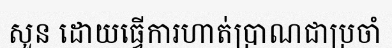
សួន ដោយធ្វើការហាត់ប្រាណជាប្រចាំ